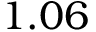
1 . 0 6